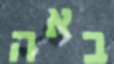
באה